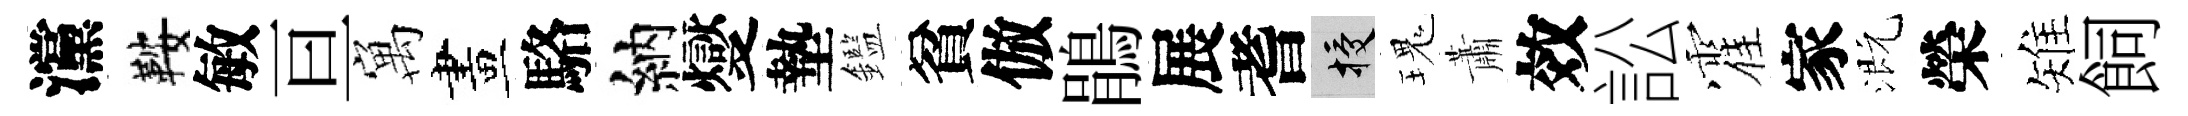
灙鞍敏亘寓畫駱納燮墊鑑貧倣鵑展耆授瑰蕭效訟霍家溉榮雉飼